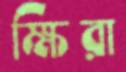
ক্ষিরা